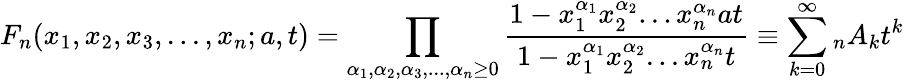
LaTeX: F_{n}(x_{1},x_{2},x_{3},...,x_{n};a,t)=\prod_{\alpha_{1},\alpha_{2},\alpha_{3},...,\alpha_{n}\geq 0}\frac{1-x_{1}^{\alpha_{1}}x_{2}^{\alpha_{2}}...x_{n}^{\alpha_{n}}at}{1-x_{1}^{\alpha_{1}}x_{2}^{\alpha_{2}}...x_{n}^{\alpha_{n}}t}\equiv\sum_{k=0}^{\infty}{_{n}}{A_{k}}t^{k}